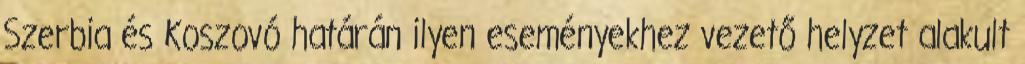
Szerbia és Koszovó határán ilyen eseményekhez vezető helyzet alakult